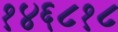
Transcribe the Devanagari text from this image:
१४६८१८